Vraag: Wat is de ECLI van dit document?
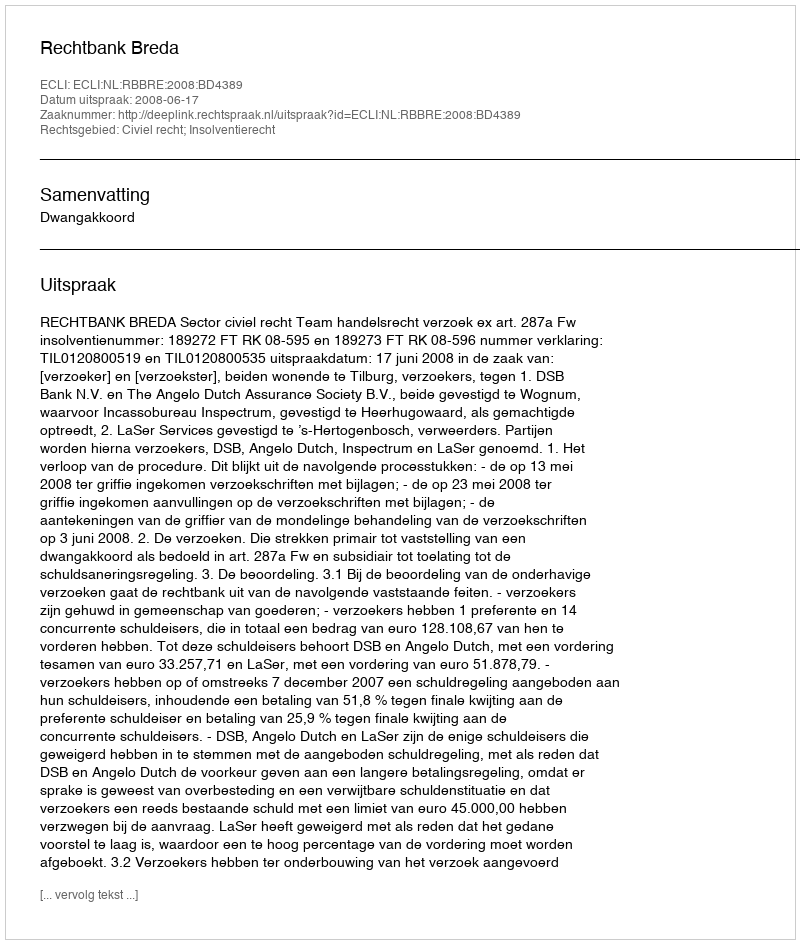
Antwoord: ECLI:NL:RBBRE:2008:BD4389